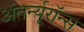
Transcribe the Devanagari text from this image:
अंतर्न्यूरॉन्स